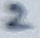
Text: 2